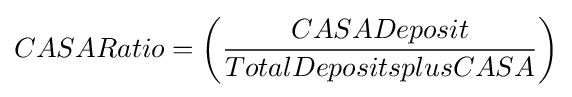
{CASARatio}=\left({\frac {CASADeposit}{TotalDepositsplusCASA}}\right)